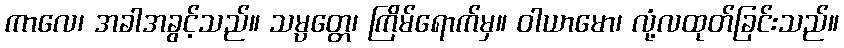
ကာလေ၊ အခါအခွင့်သည်။ သမ္ပတ္တေ၊ ကြိမ်ရောက်မှ။ ဝါယာမော၊ လုံ့လထုတ်ခြင်းသည်။